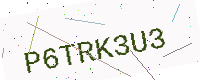
Text: P6TRK3U3